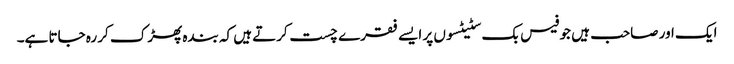
ایک اور صاحب ہیں جو فیس بک سٹیٹسوں پر ایسے فقرے چست کرتے ہیں کہ بندہ پھڑک کر رہ جاتا ہے۔